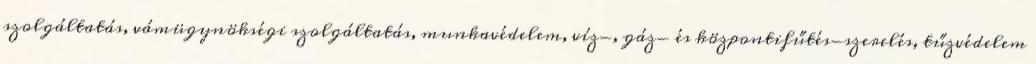
szolgáltatás, vámügynökségi szolgáltatás, munkavédelem, víz-, gáz- és központifűtés-szerelés, tűzvédelem